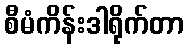
စီမံကိန်းဒါရိုက်တာ